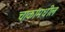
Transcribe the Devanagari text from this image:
चाकांमधील